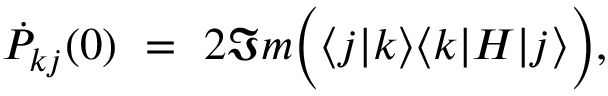
\dot { P } _ { k j } ( 0 ) \ = \ 2 \Im m \Big ( \langle j | k \rangle \langle k | H | j \rangle \Big ) ,